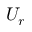
U _ { r }